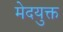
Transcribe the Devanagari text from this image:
मेदयुक्त